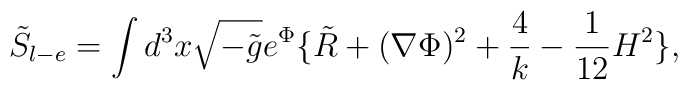
{\tilde S}_{l-e} = \int d^3 x \sqrt{-{\tilde g}} e^{\Phi}\big \{ {\tilde R} + (\nabla \Phi)^2 + {4 \over k} - {1 \over 12} H^2 \big \},